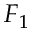
F _ { 1 }